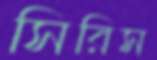
সিরিস